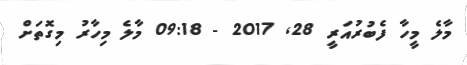
މާލެ މީހާ ފެބުރުއަރީ 28